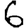
Digit: 6